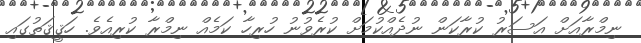
ނިމްރާއަށް އަސަރު ކުރާކަން ނުދެއްކުމަށް ކުރެވުނު ހުރިހާ ކަމެއް ނިމްރާ ކުރިއެވެ. ހަޤީޤަތުގައި